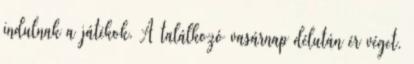
indulnak a játékok. A találkozó vasárnap délután ér véget.